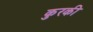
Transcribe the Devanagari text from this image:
कुरकी